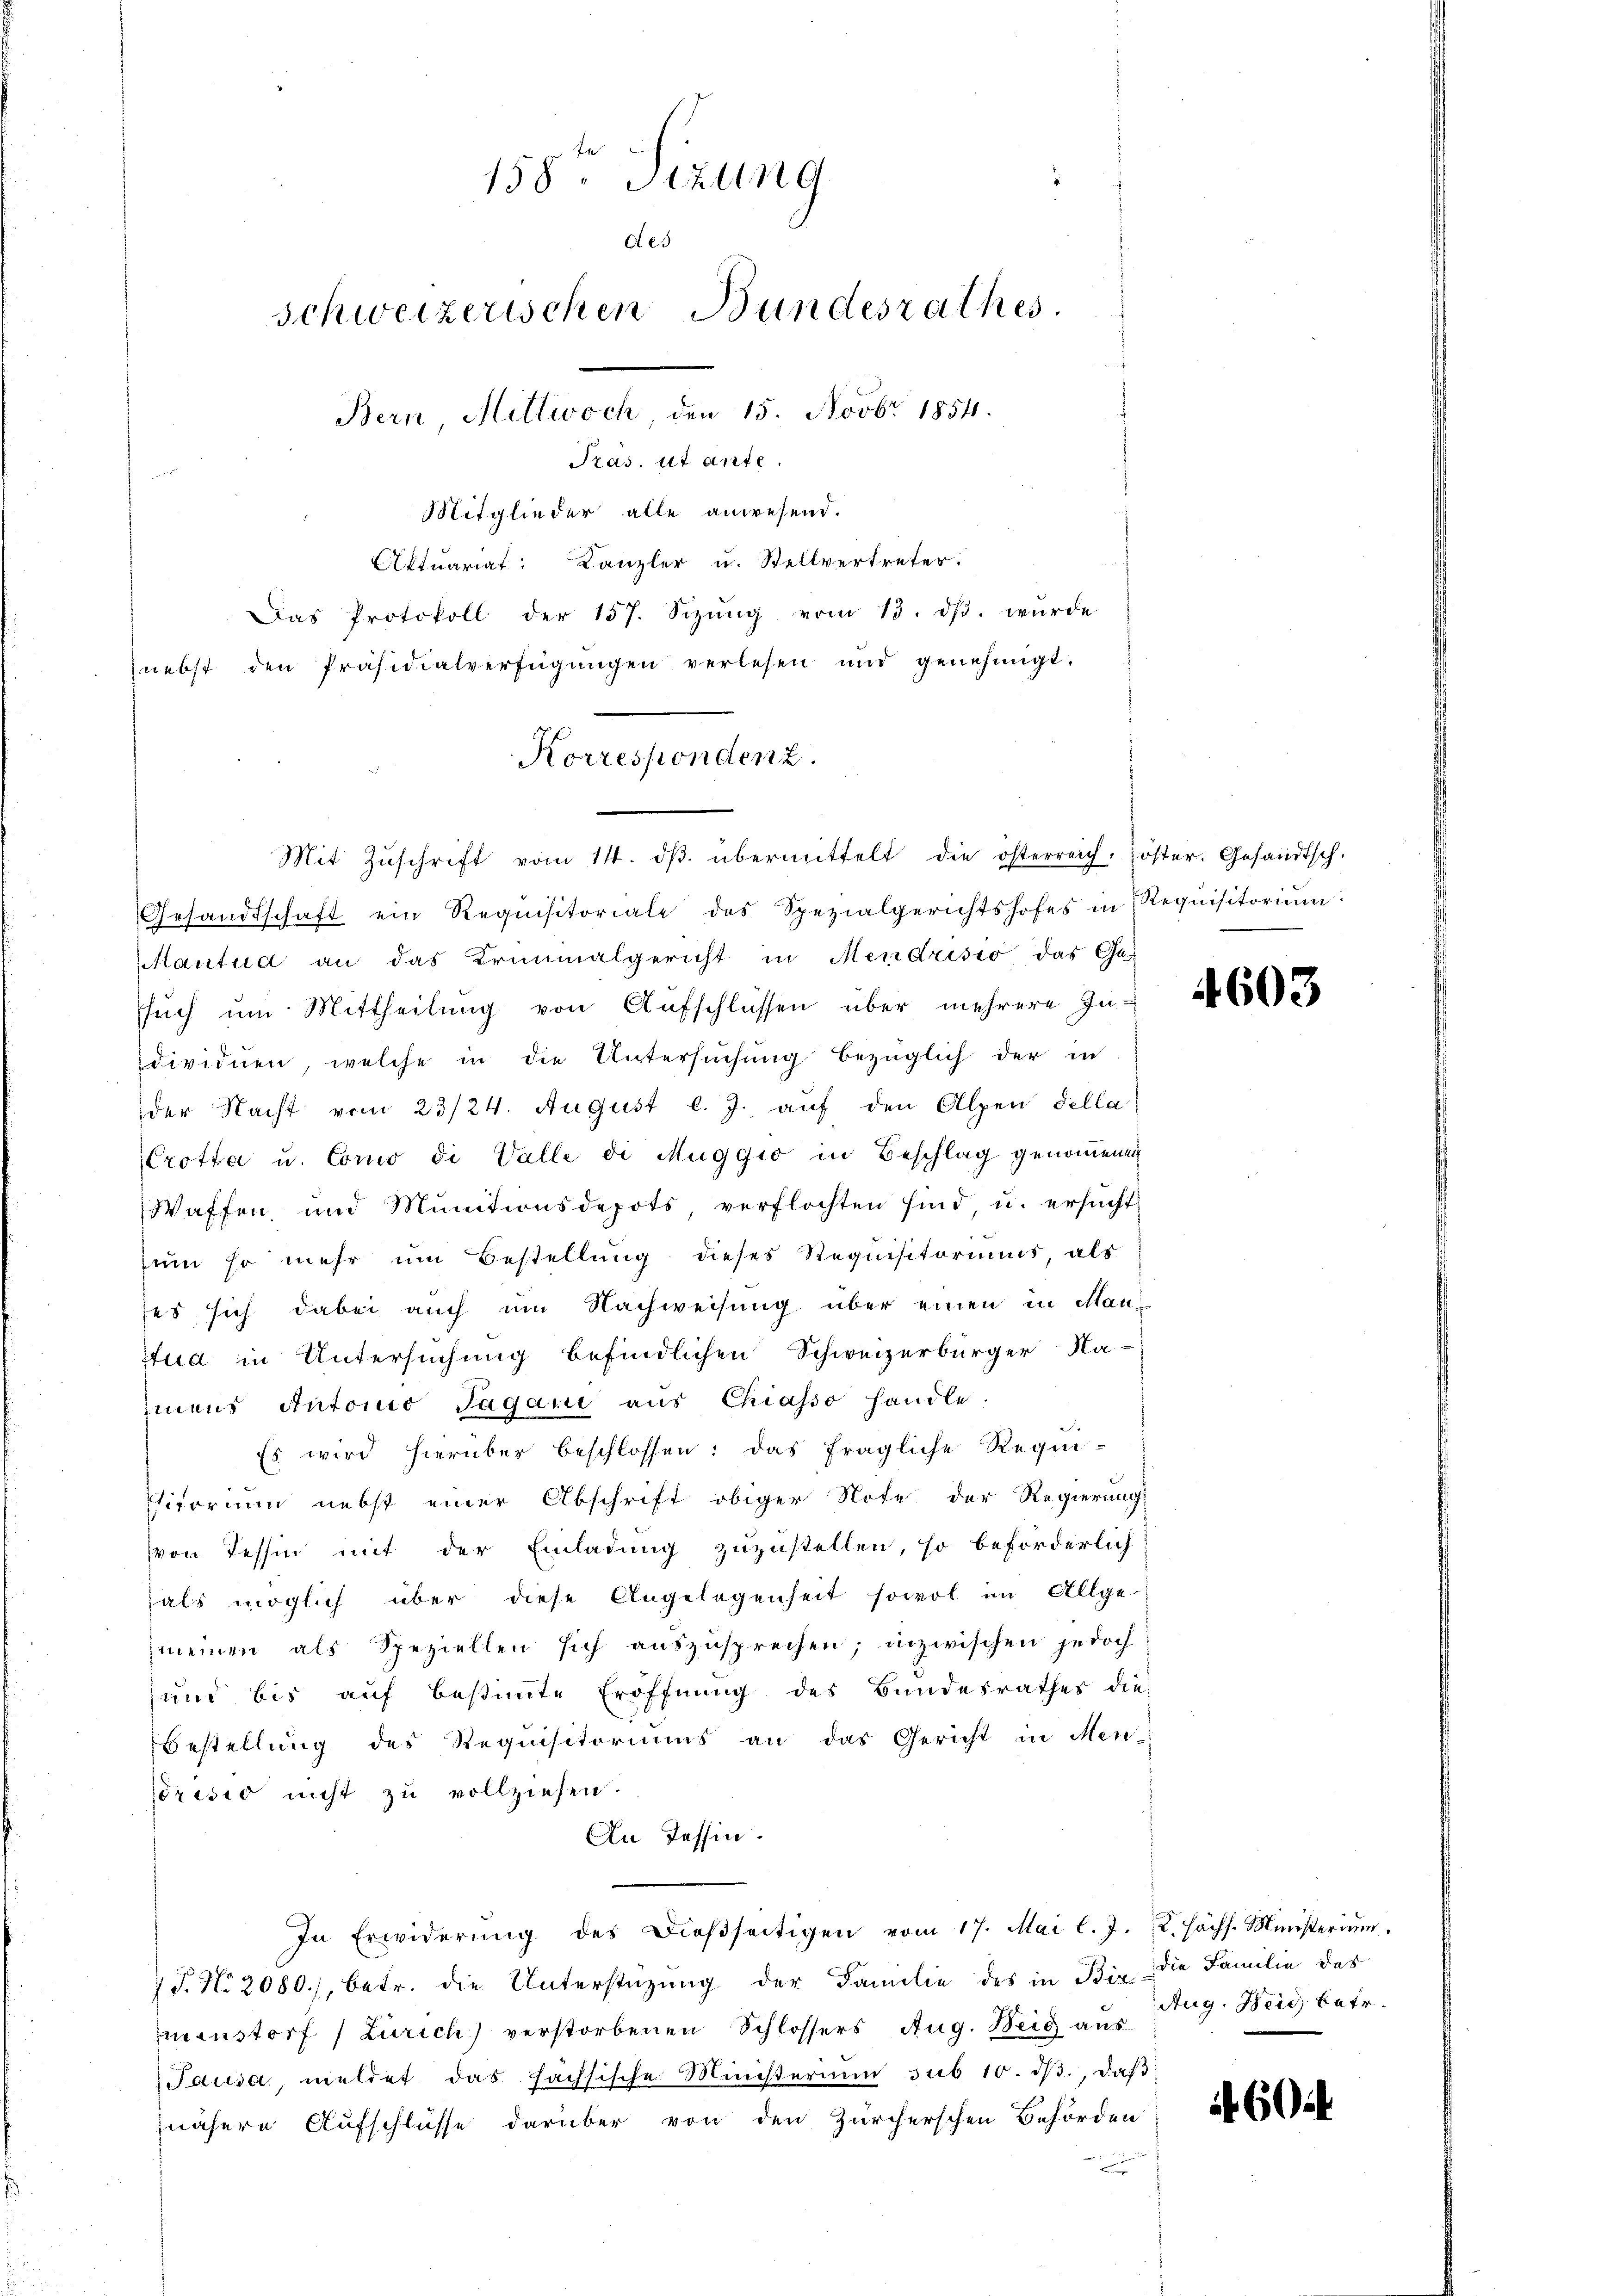
nebst den Präsidialverfügŭngen verlesen und genehmigt.

158te Sitzung
des
schweizerischen Bundesrathes.
Bern, Mittwoch den 15. Novbr. 1854.
Pras. ut ante
Mitglieder alle anwesend.
Aktuariat: Kanzler u. Stellvertreter.
Das Protokoll der 157. Sizŭng vom 13. dβ. wŭrde

Korrespondenz.
Mit Zŭschrift vom 14. dβ übermittelt die österreich. öster. Gesandtsch.

Gesandtschaft ein Requisitoriale des Spezialgerichtshofes in Requisitoriŭm
Mantua an das Trinialgericht in Mendrisio das Ge-
sŭch um Mittheilung von Aufschlüssen über mehrere In-
dividuen, welche in die Untersuchung bezüglich der in
der Nacht vom 23/24. August l. J. auf den Alpen Fella
Crotta u. Como di Valle di Muggio in Beschlag genommenen
Waffen, und Munitionsdepots, verflochten sind, u. ersŭcht
ŭm so mehr um Bestellŭng dieses Requisitoriums, als
ses sich dabei auch um Nachweisung über einen in Manttua in Untersuchung befindlichen Schweizerbürger Na-
mens Antonio Jagani aus Chiasso handle
Es wird hierüber beschlossen: das fragliche Regie¬
Chitorium nebst einer Abschrift obiger Note der Regierung
von Tessin mit der Einladung zuzustellen, so beförderlich
als möglich über diese Angelegenheit sowol im Allge-
meinen als Speziellen sich auszusprechen; inzwischen jedoch
und bis auf bestimmte Eröffnung des Bundesrathes die
Bestellung des Requisitoriums an das Gericht in Men-
Présid nicht zu vollziehen.
An Tessin.
In Erwiderŭng des Dieβseitigen vom 17. Mai l. J. 2. Hächs. Ministerium.
7 P. N. 2080), betr. die Unterstüzung der Familie des in Bir. die Familie des
menstorf (Zürich verstorbenen Schlossers Aug. Beig aus
Pausa, meldet das fachsische Ministerium sub 10. dβ, daß
nähere Aufschlüsse darüber von den Zürcherschen Behörden
e

4603

Aug. Heid, betr.

if. 604.